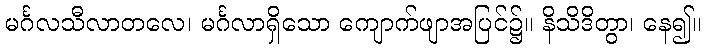
မင်္ဂလသီလာတလေ၊ မင်္ဂလာရှိသော ကျောက်ဖျာအပြင်၌။ နိသိဒိတွာ၊ နေ၍။